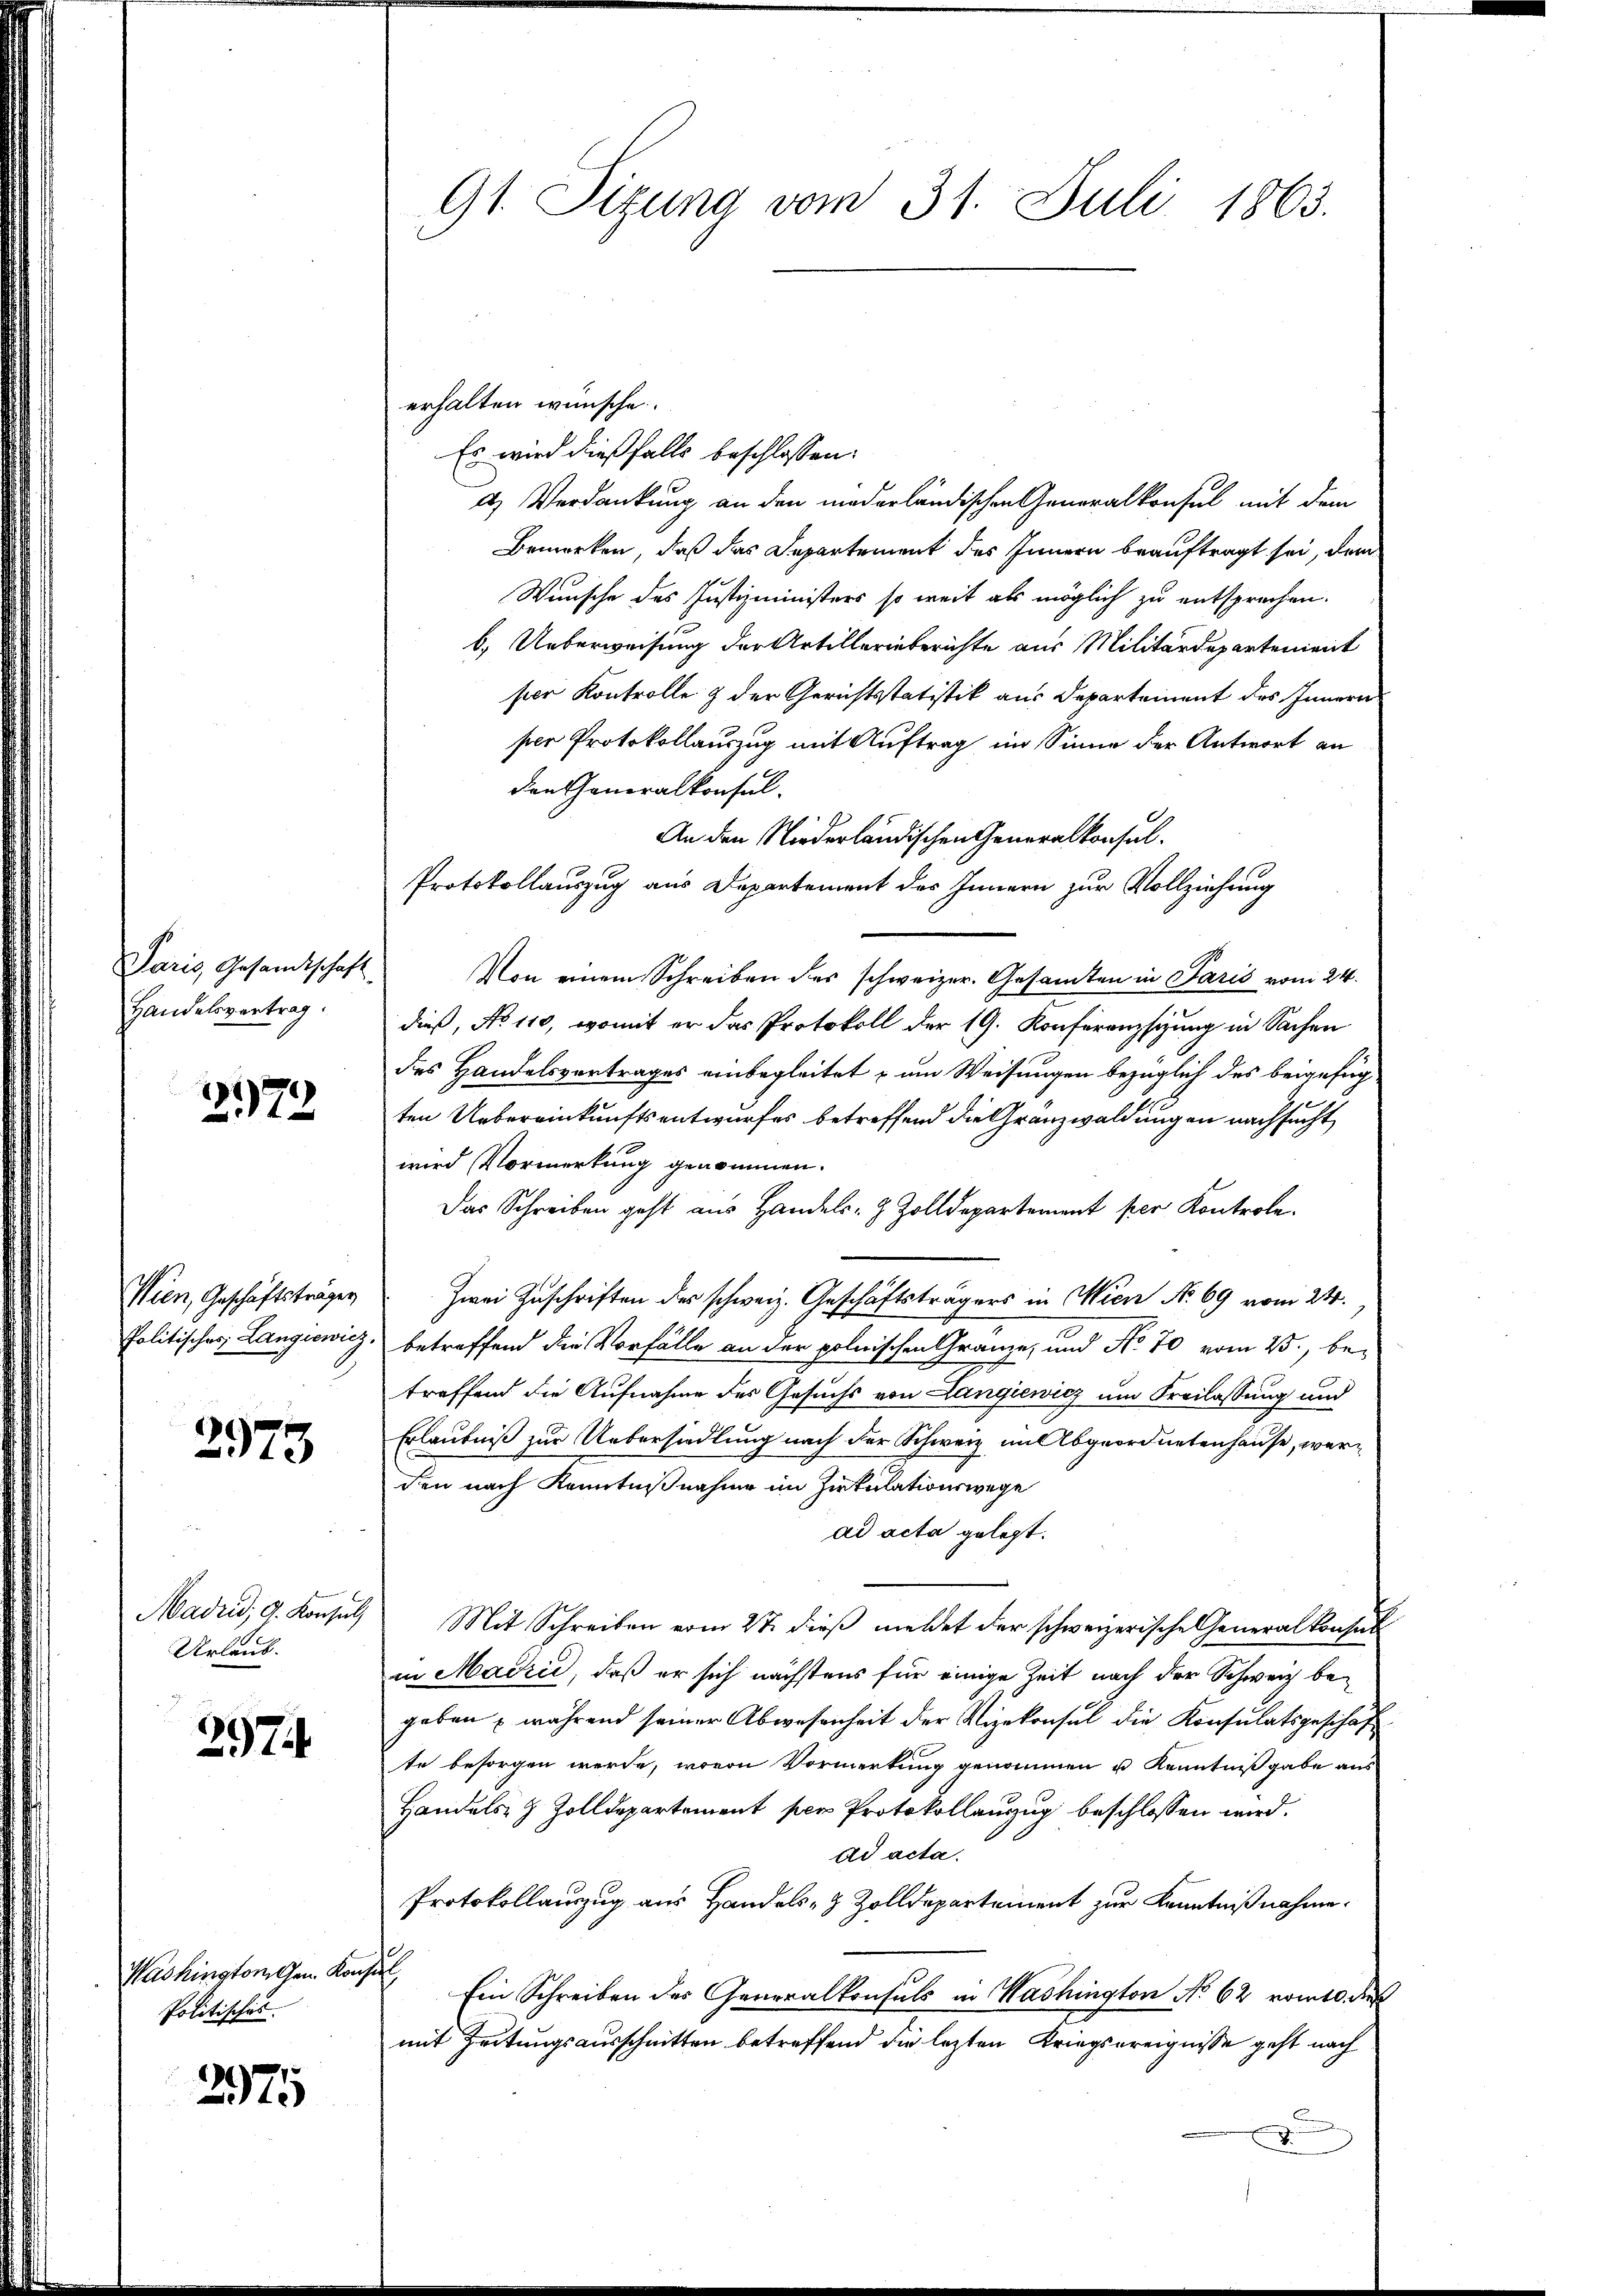
Paris Gesandtschaft
Handelsvertrag.

2.172

Wien, Geschäftsträger
Politisches, Langiewicz,

2973

Madrid, d. Konsul
Urlaub.

274

Washington Gen. Konse
Politisches.

2975

91. Sizung vom 31. Juli 1863.

erhalten wünsche.
Es wird dießfalls beschlossen:
d) Verdankung an den niederländischen Generalkonfel mit dem
Bemerken, daß das Departement des Innern beauftragt sei, dem
Wünsche des Justizministers so weit als möglich zu entsprochen.
b.) Ueberweisung der Artillerieberichte aus Militärdepartement
pier Kontrolle & der Gerichtsstatistik aus Departement des Innern
ser Protokollauszug mit Auftrag im Sinne der Antwort an
den Generalkonsul
An den Niederländischen Generalkonsul¬
Protokollauszug aus Departement des Innern zur Vollziehung
Von einem Schreiben des schweizer. Gesamten in Paris vom 24.
dieß, No 110, womit er das Protokoll der 19. Konferenzstung in Sachen
des Handelsvertrages einbegleitet - um Weisungen bezüglich des beigefügten Uebereinkunftsentwurfes betreffend die Granzwaldungen nachsucht,
wird Vormerkung genommen.
Das Schreiben geht aus Handels- & Zolldepartement per Kontrole.
Zwei Zuschriften des schweiz. Geschäftsträgers in Wien No. 69 vom 24.
betreffend die Vorfälle an der polnischen Gränze, und No. 70 vom 23., be-
traffend die Aufnahme des Gesuchs von Langiewicz um Freilassung und
Erlaubniß zur Uebersiedlung nach der Schweiz im Abgeordnetenhause, werden nach Kenntnißnahme im Zirkulationswege
ad acta gelegt.
Mit Schreiben vom 27. dieβ meldet der schweizerische Generalkonsul
in Madrić, daß er sich nächstens für einige Zeit nach der Schweiz begeben während seiner Abwesenheit der Vizekonsul die Konsulatsgeschäft
te besorgen werde, wovon Vormerkung genommen u Kenntnißgabe aus
Handels- & Zolldepartement per Protokollanzug beschlossen wird.
ad acta.
Protokollauszug aus Handels- & Zolldepartement zur Kenntnißnahme.
s
Ein Schreiben des Generalkonsuls in Washington No 62 vom 10. dies
mit Zeitungsausschnitten betreffend die lezten Kriegsereignisse geht nach